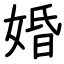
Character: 婚